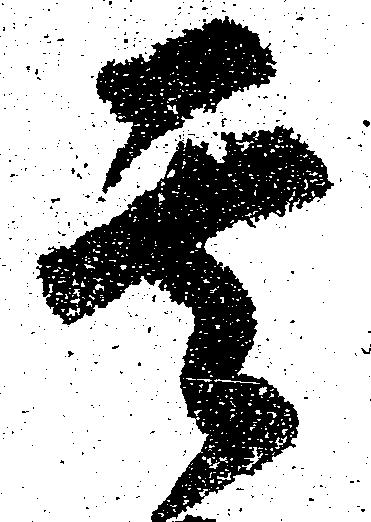
其